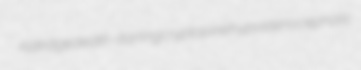
Aldridge death-darting cryptopine hypsistenocephalic